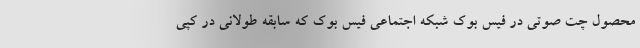
محصول چت صوتی در فیس بوک شبکه اجتماعی فیس بوک که سابقه طولانی در کپی